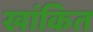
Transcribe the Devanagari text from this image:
खांकित